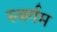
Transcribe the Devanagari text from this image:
स्वर्गम